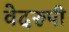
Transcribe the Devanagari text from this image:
वेदरुपी